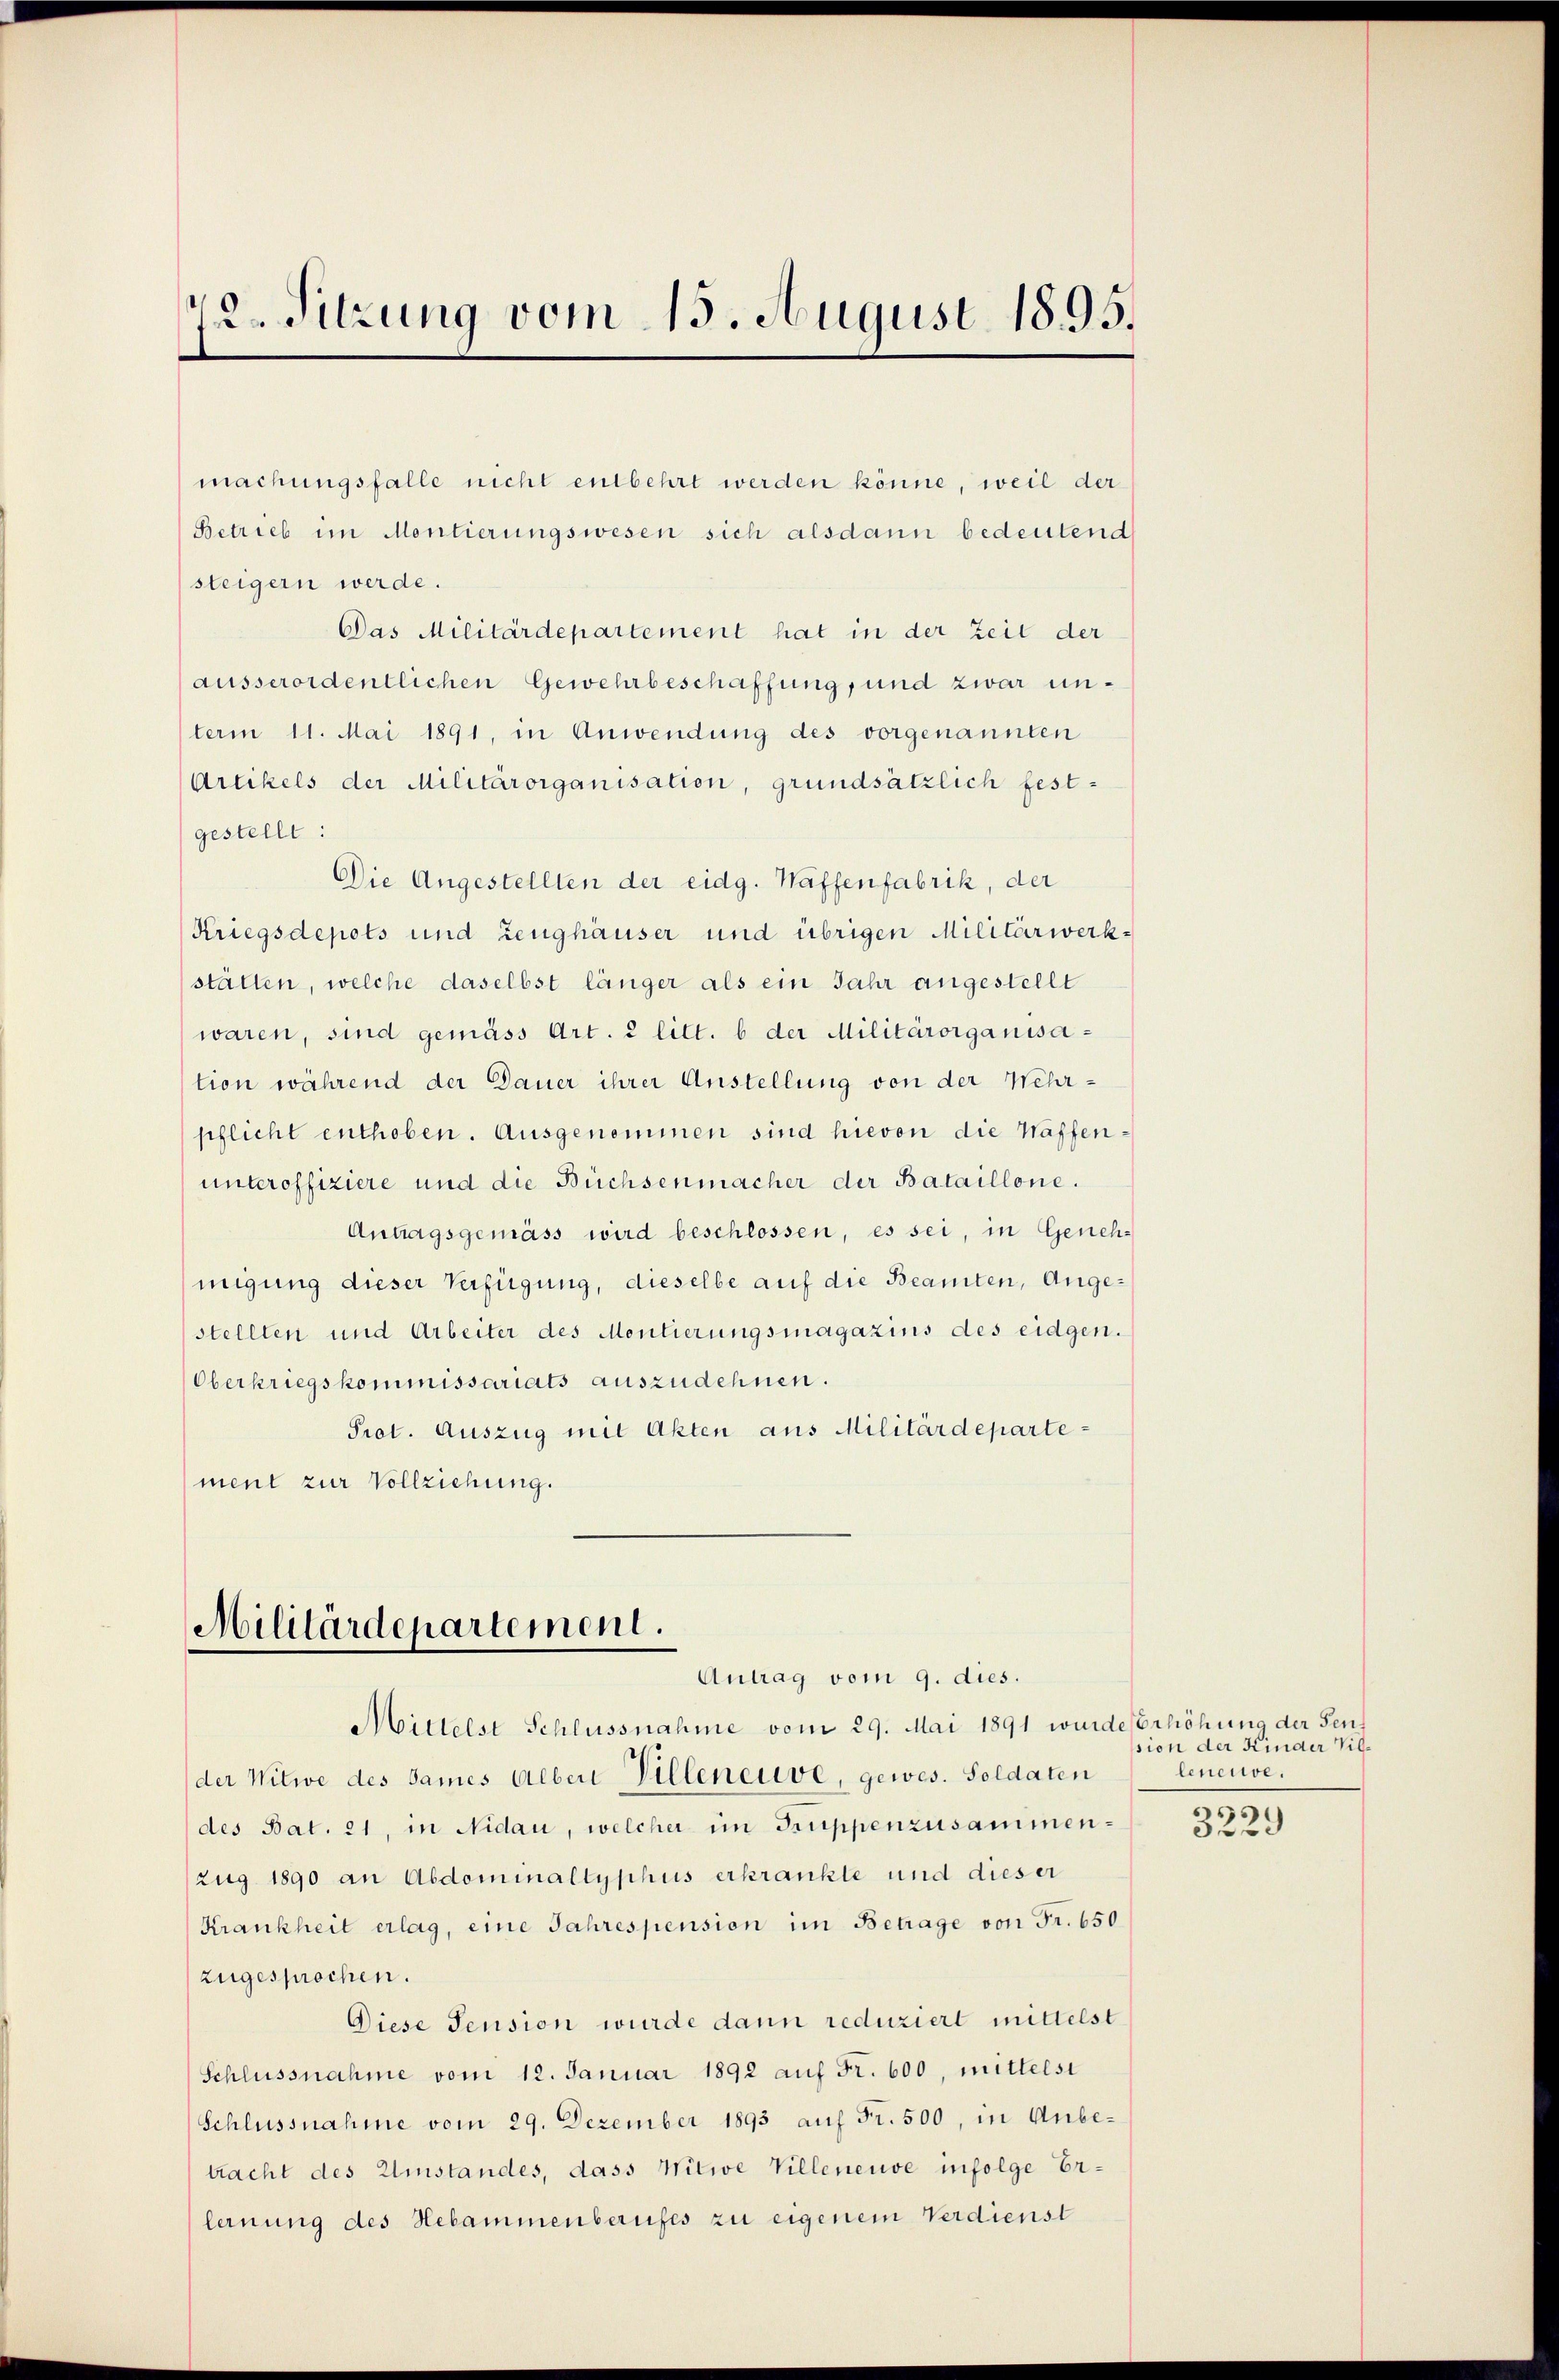
72. Sitzung vom 15. August 1895.

machungsfalle nicht entbehrt werden könne, weil der
Betrieb im Montierungswesen sich alsdann bedeutend
steigern werde.
Das Militärdepartement hat in der Zeit der
ausserordentlichen Gewehrbeschaffung, und zwar unterm 11. Mai 1891, in Anwendung des vorgenannten
Artikels der Militärorganisation, grundsätzlich fest-
gestellt:
Die Angestellten der eidg. Waffenfabrik, der
Kriegsdepots und Zeughäuser und übrigen Militärwerkstätten, welche daselbst länger als ein Jahr angestellt
waren, sind gemäss Art. 2 litt. b der Militärorganisation während der Dauer ihrer Anstellung von der Wehrpflicht enthoben. Ausgenommen sind hievon die Waffenunteroffiziere und die Büchsenmacher der Bataillone.
Antragsgemäss wird beschlossen, es sei, in Geneh-
migung dieser Verfügung, dieselbe auf die Beamten, Angestellten und Arbeiter des Montierungsmagazins des eidgen.
Oberkriegskommissariats auszudehnen.
Prot. Auszug mit Akten aus Militärdepartement zur Vollziehung.

Militärdepartement.
Antrag vom 9. dies.

Mittelst Schlussnahme vom 29. Mai 1891 wurde Erhöhung der Fens
der Witwe des Sames Alber Villeneuve, gewes. Soldaten
des Bat. 21, in Nidau, welcher im Truppenzusammen¬
Zug 1890 an Abdominaltyphus erkrankte und dieser
Krankheit erlag, eine Jahrespension im Betrage von Fr. 650
zugesprochen.
Diese Pension wurde dann reduziert mittelst
Schlussnahme vom 12. Januar 1892 auf Fr. 600, mittelst
Schlussnahme vom 29. Dezember 1893 auf Fr. 500, in Unbetracht des Umstandes, dass Witwe Villeneuve infolge Erlernung des Hebammenberufes zu eigenem Verdienst

sion der Kinder Villeneure.
209

3229